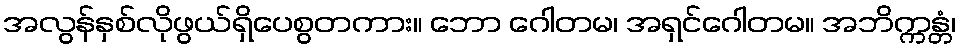
အလွန်နှစ်လိုဖွယ်ရှိပေစွတကား။ ဘော ဂေါတမ၊ အရှင်ဂေါတမ။ အဘိက္ကန္တံ၊